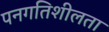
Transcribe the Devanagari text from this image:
पनगतिशीलता